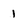
Character: 1